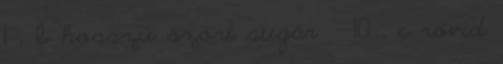
1°, b hosszú szórt sugár  10°, c rövid